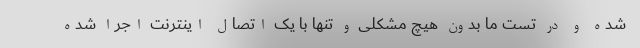
شده و در تست ما بدون هیچ مشکلی و تنها با یک اتصال اینترنت اجرا شده